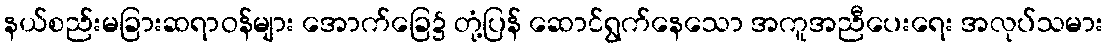
နယ်စည်းမခြားဆရာဝန်များ အောက်ခြေ၌ တုံ့ပြန် ဆောင်ရွက်နေသော အကူအညီပေးရေး အလုပ်သမား